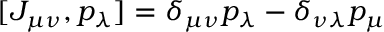
[ J _ { \mu \nu } , p _ { \lambda } ] = \delta _ { \mu \nu } p _ { \lambda } - \delta _ { \nu \lambda } p _ { \mu }